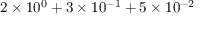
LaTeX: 2 \times 1 0 ^ { 0 } + 3 \times 1 0 ^ { - 1 } + 5 \times 1 0 ^ { - 2 }